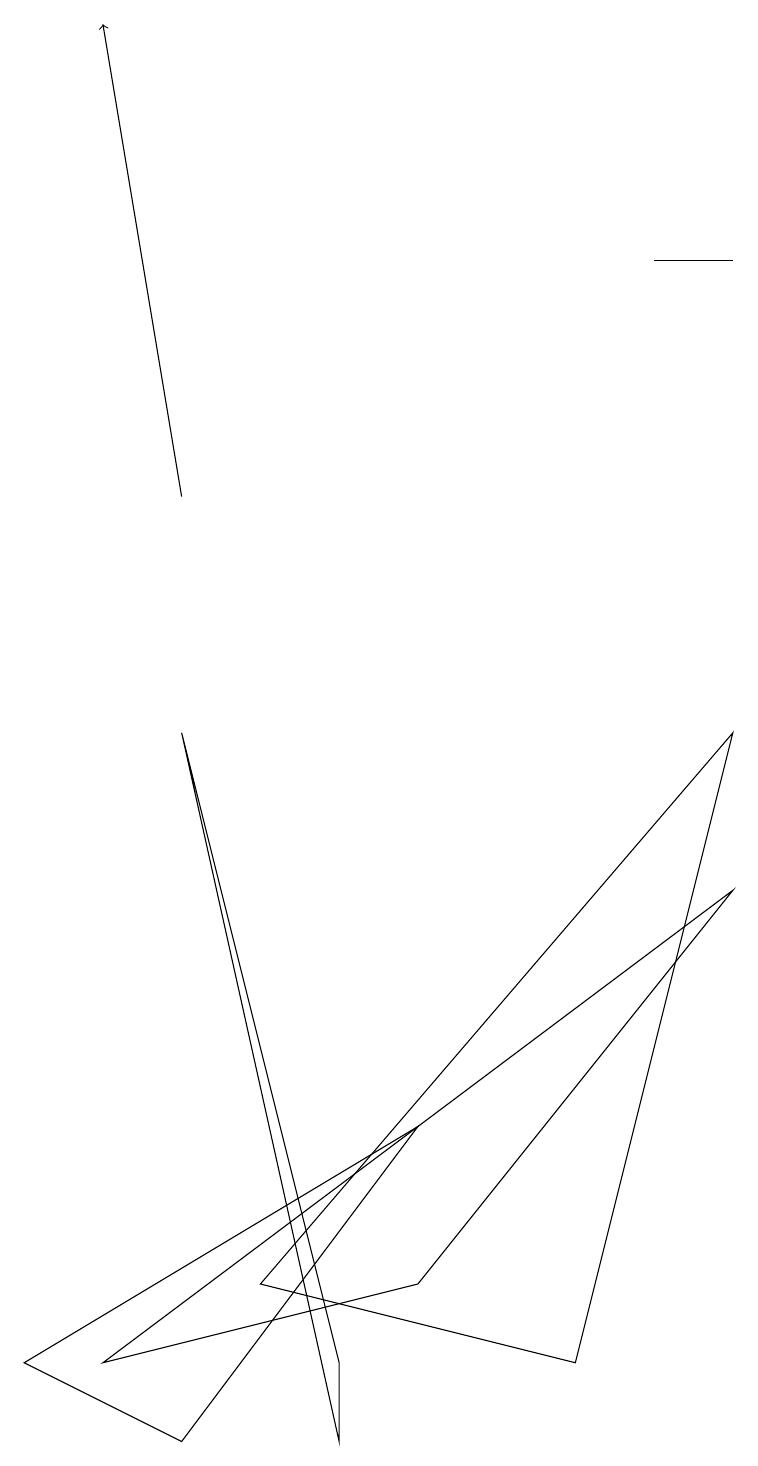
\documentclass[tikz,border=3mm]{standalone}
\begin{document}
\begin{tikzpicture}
\draw (9,15) rectangle (8,15);
\draw (3,2) -- (7,1) -- (9,9) -- cycle;
\draw (2,0) -- (5,4) -- (0,1) -- cycle;
\draw[->] (2,12) -- (1,18);
\draw (9,7) -- (5,2) -- (1,1) -- cycle;
\draw (4,1) -- (4,0) -- (2,9) -- cycle;
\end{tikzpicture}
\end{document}